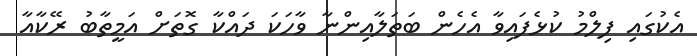
އެކުގައި ފިލްމު ކުޅެފައިވާ އެހެން ބަތަލާއިންނާ ވާހަކަ ދައްކާ ގޮތަށް އަމީތާބު ރޭކާއާ